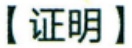
【证明】